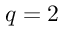
q = 2